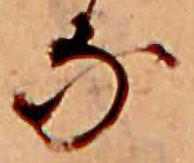
な